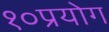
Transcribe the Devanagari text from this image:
१०प्रयोग